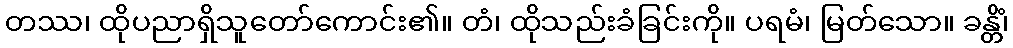
တဿ၊ ထိုပညာရှိသူတော်ကောင်း၏။ တံ၊ ထိုသည်းခံခြင်းကို။ ပရမံ၊ မြတ်သော။ ခန္တိံ၊